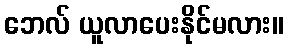
ဘေလ် ယူလာပေးနိုင်မလား။